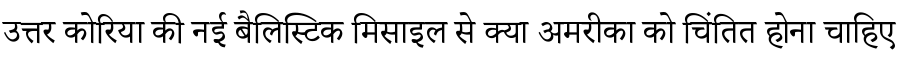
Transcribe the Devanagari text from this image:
उत्तर कोरिया की नई बैलिस्टिक मिसाइल से क्या अमरीका को चिंतित होना चाहिए